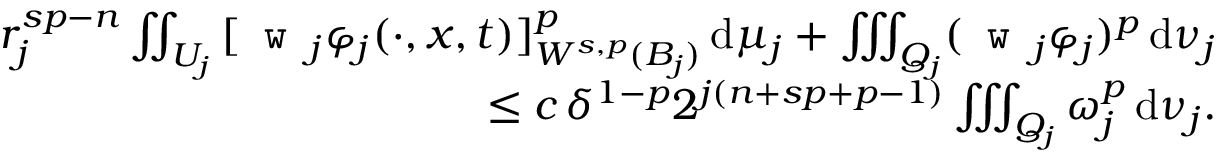
\begin{array} { r l r } & { } & { r _ { j } ^ { s p - n } \iint _ { U _ { j } } \, [ \texttt { w } _ { j } \varphi _ { j } ( \cdot , x , t ) ] _ { W ^ { s , p } ( B _ { j } ) } ^ { p } \, \mathrm { d } \mu _ { j } + \iiint _ { Q _ { j } } ( \texttt { w } _ { j } \varphi _ { j } ) ^ { p } \, \mathrm { d } \nu _ { j } } \\ & { } & { \qquad \le c \, \delta ^ { 1 - p } 2 ^ { j ( n + s p + p - 1 ) } \iiint _ { Q _ { j } } \omega _ { j } ^ { p } \, \mathrm { d } \nu _ { j } . } \end{array}